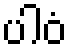
ပါဝံ